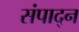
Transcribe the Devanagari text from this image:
संपाद्न